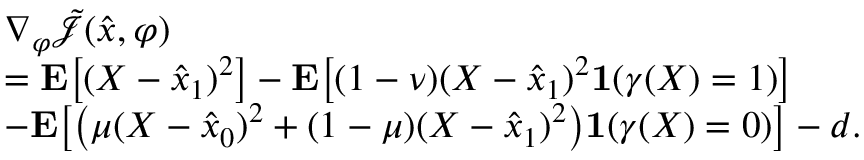
\begin{array} { r l } & { \nabla _ { \varphi } \tilde { \mathcal { J } } ( \hat { x } , \varphi ) } \\ & { = \mathbf { E } \big [ ( X - \hat { x } _ { 1 } ) ^ { 2 } \big ] - \mathbf { E } \big [ ( 1 - \nu ) ( X - \hat { x } _ { 1 } ) ^ { 2 } \mathbf { 1 } ( \gamma ( X ) = 1 ) \big ] } \\ & { - \mathbf { E } \big [ \big ( \mu ( X - \hat { x } _ { 0 } ) ^ { 2 } + ( 1 - \mu ) ( X - \hat { x } _ { 1 } ) ^ { 2 } \big ) \mathbf { 1 } ( \gamma ( X ) = 0 ) \big ] - d . } \end{array}